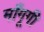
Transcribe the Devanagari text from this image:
माँगूगी